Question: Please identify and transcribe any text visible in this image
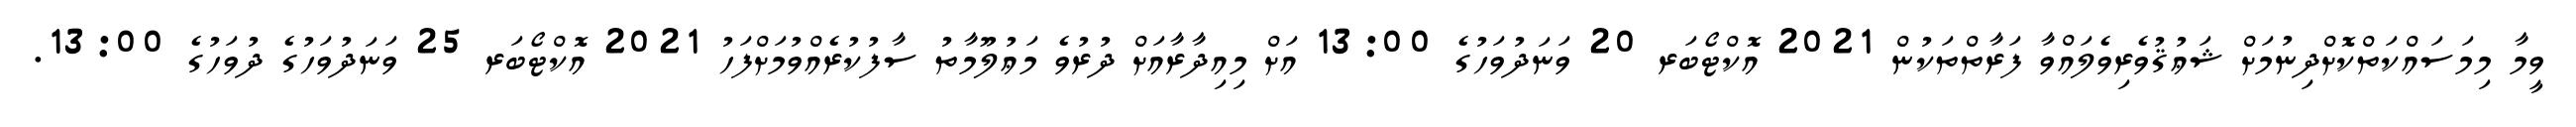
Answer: ވީމާ މިމަސައްކަތްކޮށްދިނުމަށް ޝަޢުޤުވެރިވެލައްވާ ފަރާތްތަކުން 2021 އޮކްޓޯބަރ 20 ވަނަދުވަހުގެ 13:00 އަށް މިއިދާރާއަށް ދުރުވެ މަޢުލޫމާތު ސާފުކުރެއްވުމަށްފަހު 2021 އޮކްޓޯބަރ 25 ވަނަދުވަހުގެ ދުވަހުގެ 13:00.